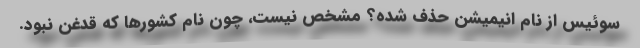
سوئیس از نام انیمیشن حذف شده؟ مشخص نیست، چون نام کشورها که قدغن نبود.